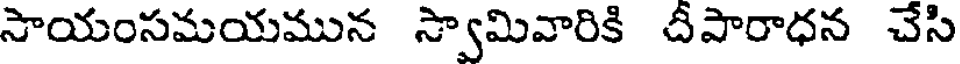
సాయంసమయమున స్వామివారికి దీపారాధన చేసి